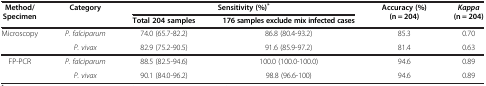
| Method/Specimen | Category | <COLSPAN=2> Sensitivity (%)* | Accuracy (%) (n = 204) | Kappa (n = 204) |
 |  |  | Total 204 samples | 176 samples exclude mix infected cases |  |  |
 | --- | --- | --- | --- | --- | --- |
 | Microscopy | P. falciparum | 74.0 (65.7-82.2) | 86.8 (80.4-93.2) | 85.3 | 0.70 |
 |  | P. vivax | 82.9 (75.2-90.5) | 91.6 (85.9-97.2) | 81.4 | 0.63 |
 | FP-PCR | P. falciparum | 88.5 (82.5-94.6) | 100.0 (100.0-100.0) | 94.6 | 0.89 |
 |  | P. vivax | 90.1 (84.0-96.2) | 98.8 (96.6-100) | 94.6 | 0.89 |